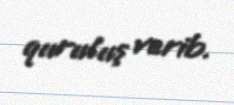
quruluş verib.